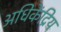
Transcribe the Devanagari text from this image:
अधिकेंद्रिय